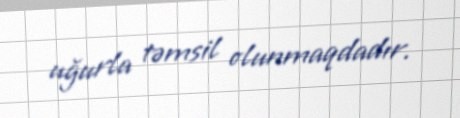
uğurla təmsil olunmaqdadır.